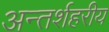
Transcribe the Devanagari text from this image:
अन्तर्शहरीय